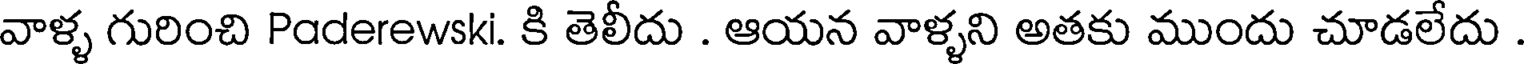
వాళ్ళ గురించి Paderewski. కి తెలీదు . ఆయన వాళ్ళని అతకు ముందు చూడలేదు .